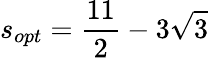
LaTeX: s_{opt}=\frac{11}{2}-3\sqrt{3}